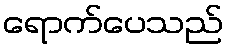
ရောက်ပေသည်